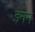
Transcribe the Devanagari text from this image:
इनम